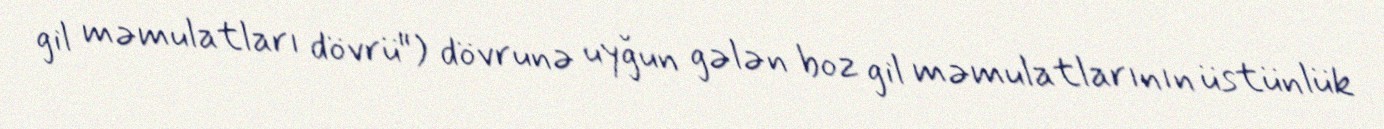
gil məmulatları dövrü") dövrunə uyğun gələn boz gil məmulatlarının üstünlük